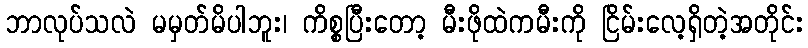
ဘာလုပ်သလဲ မမှတ်မိပါဘူး၊ ကိစ္စပြီးတော့ မီးဖိုထဲကမီးကို ငြိမ်းလေ့ရှိတဲ့အတိုင်း